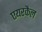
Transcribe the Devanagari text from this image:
एयरकैल